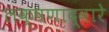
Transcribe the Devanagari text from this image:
लक्षणाद्वारे